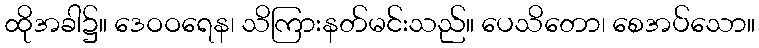
ထိုအခါ၌။ ဒေဝဝရေန၊ သိကြားနတ်မင်းသည်။ ပေသိတော၊ စေအပ်သော။